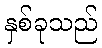
နှစ်ခုသည်